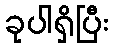
ခုပါရှိပြီး